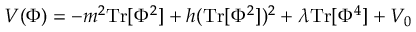
V ( \Phi ) = - m ^ { 2 } \mathrm { T r } [ \Phi ^ { 2 } ] + h ( \mathrm { T r } [ \Phi ^ { 2 } ] ) ^ { 2 } + \lambda \mathrm { T r } [ \Phi ^ { 4 } ] + V _ { 0 }